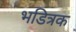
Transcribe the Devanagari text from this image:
भडित्रक